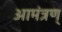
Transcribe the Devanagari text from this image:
आमंत्रण्